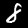
Digit: 8